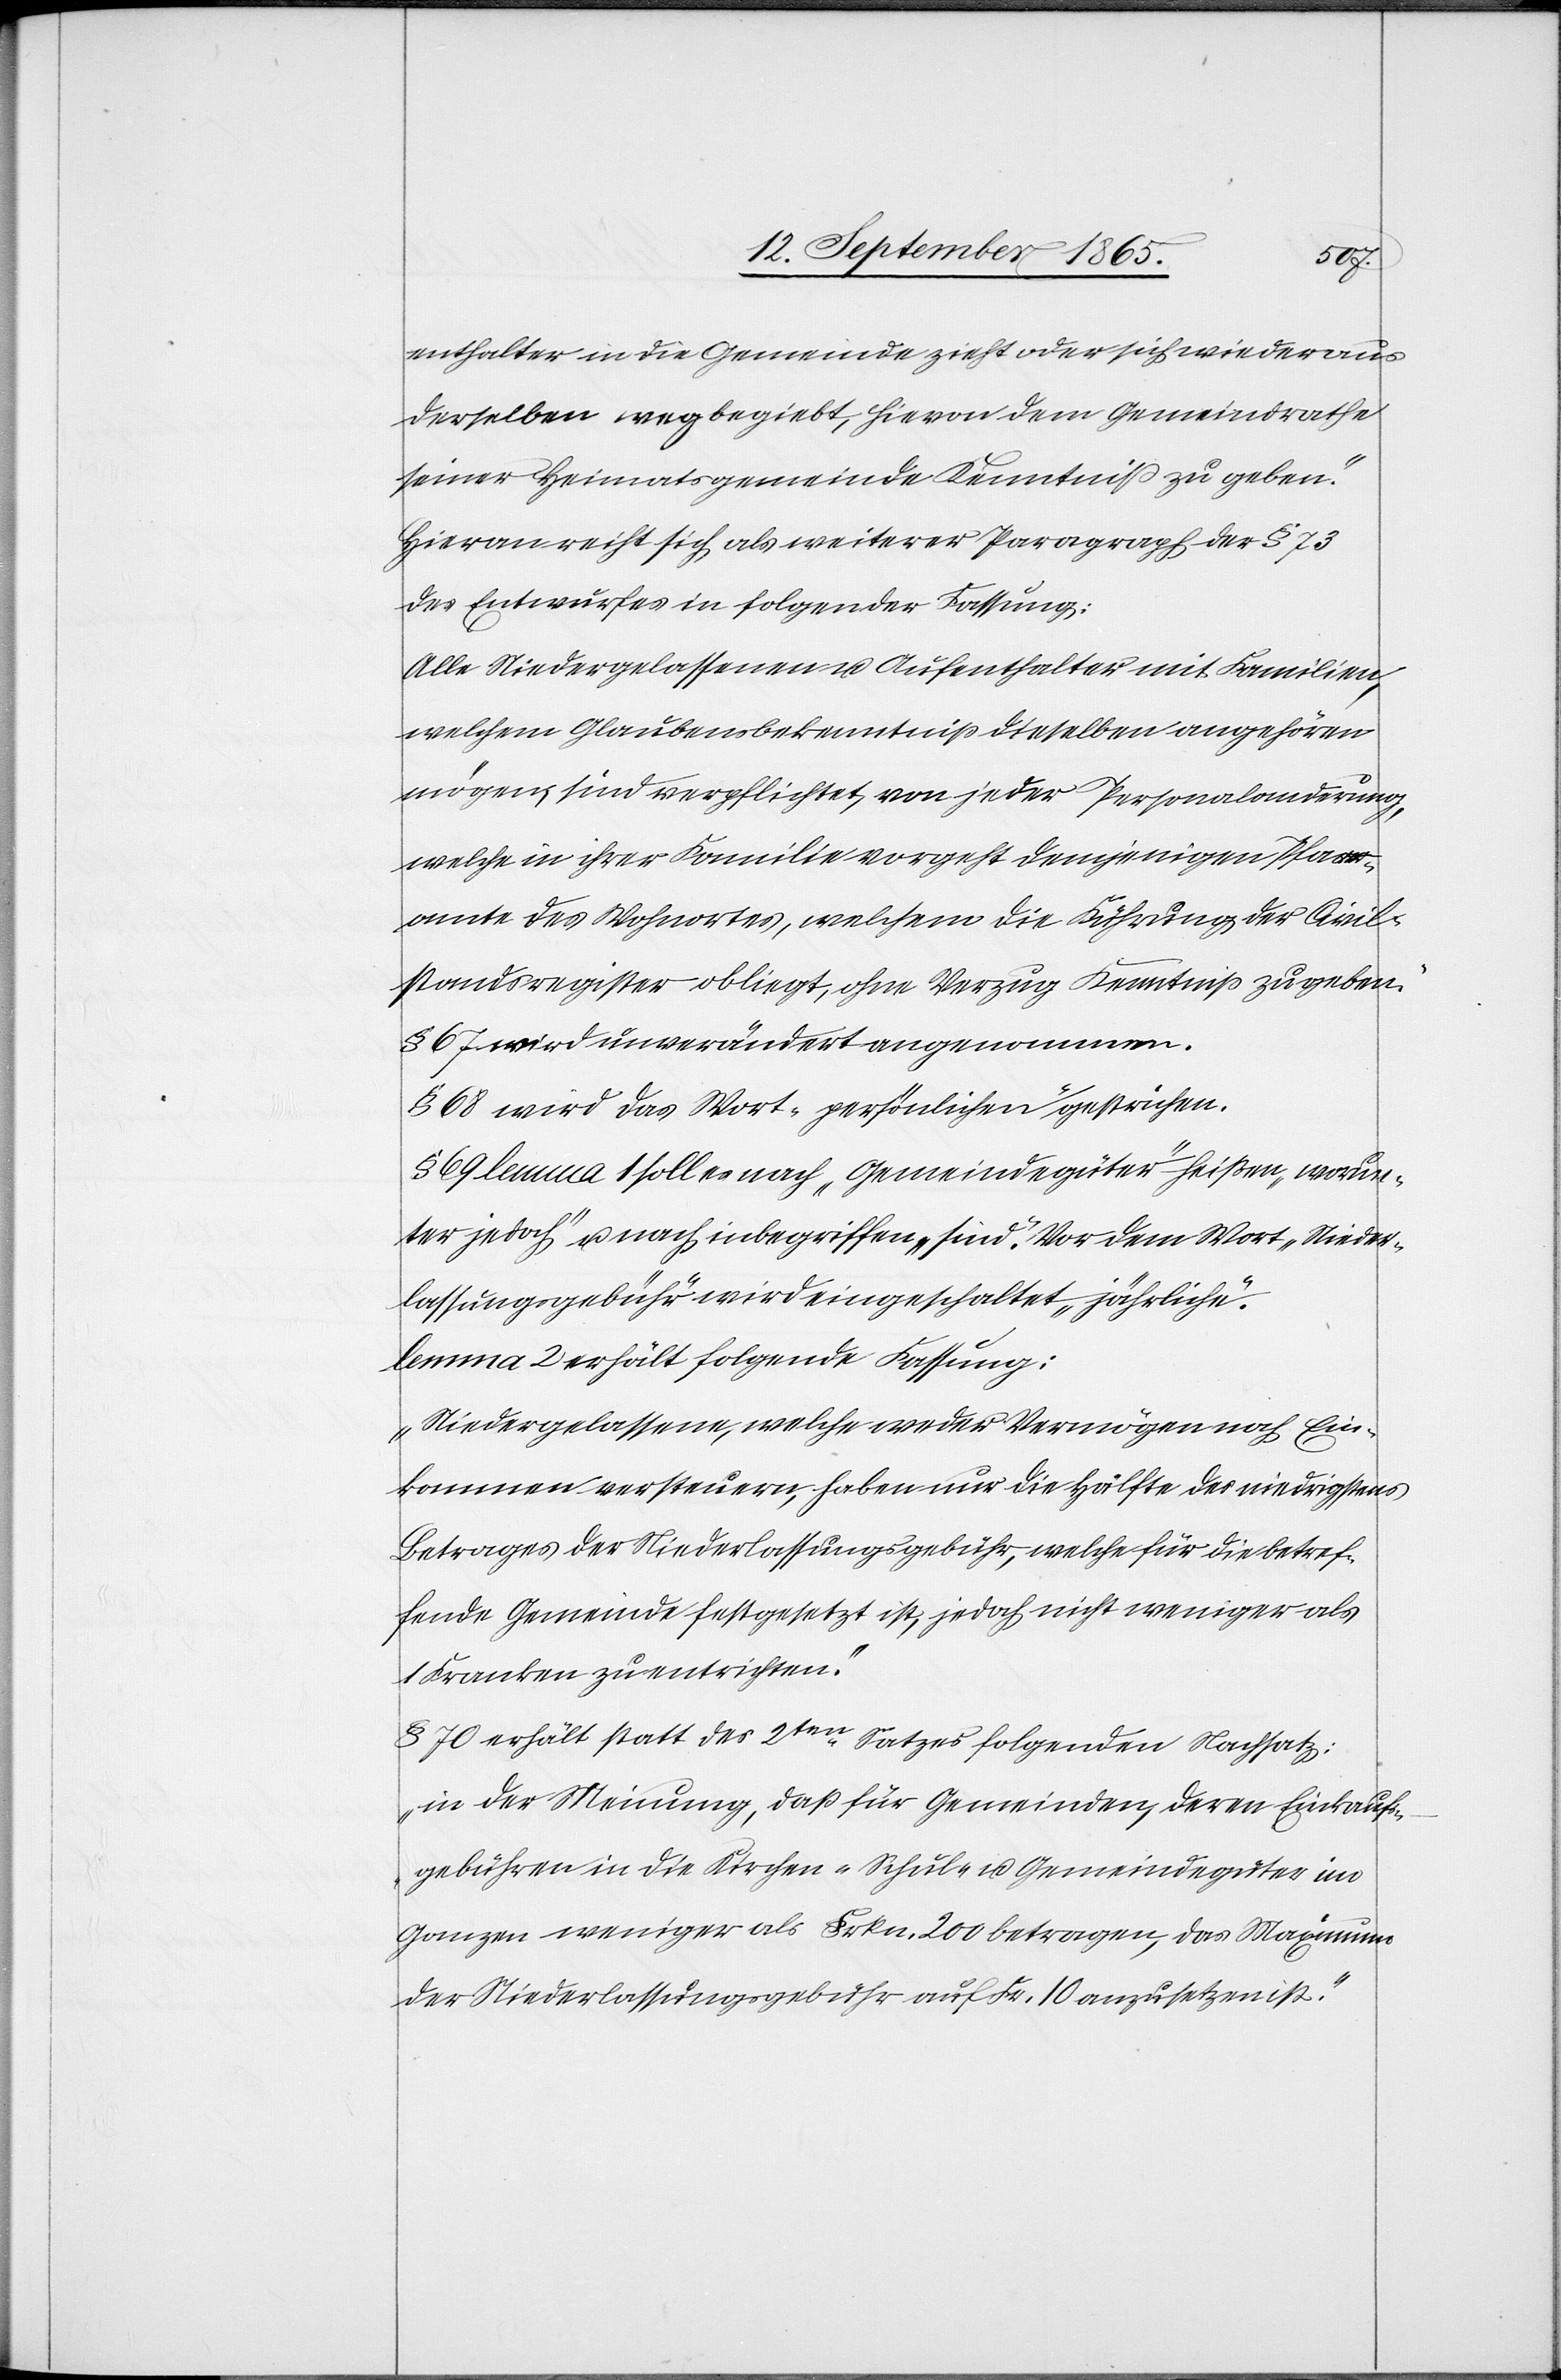
enthalter in die Gemeinde zieht oder sich wieder aus
derselben wegbegiebt, hievon dem Gemeindrathe
seiner Heimatsgemeinde Kenntniß zu geben.“
Hieran reiht sich als weiterer Paragraph der § 73
des Entwurfes in folgender Fassung:
[„]Alle Niedergelassenen u. Aufenthalter mit Familien,
welchem Glaubensbekenntniß dieselben angehören
mögen, sind verpflichtet, von jeder Personalanderung,
welche in ihrer Familie vorgeht demjenigen Pfarr¬
amte des Wohnortes, welchem die Führung der Civil¬
standsregister obliegt, ohne Verzug Kenntniß zu geben.“
§ 67 wird unverändert angenommen.
§ 68 wird das Wort „persönlichen“ gestrichen.
§ 69 lemma 1 soll es nach „Gemeindegüter“ heißen „worun¬
ter jedoch“ u. nach inbegriffen „sind“. Vor dem Wort „Nieder¬
lassungsgebühr“ wird eingeschaltet „jährliche“.
lemma 2 erhält folgende Fassung:
„Niedergelassene, welche weder Vermögen noch Ein¬
kommen versteuern, haben nur die Hälfte des niedrigsten
Betrages der Niederlassungsgebühr, welche für die betref¬
fende Gemeinde festgesetzt ist, jedoch nicht weniger als
1 Franken zu entrichten.“
§ 70 erhält statt des 2ten Satzes folgenden Nachsatz:
„in der Meinung, daß für Gemeinden, deren Einkaufs¬
gebühren in die Kirchen-[,] Schul- u. Gemeindegüter im
Ganzen weniger als Frkn. 200 betragen, das Maximum
der Niederlassungsgebühr auf Fr. 10 anzusetzen ist.“